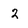
Character: 2